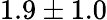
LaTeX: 1.9\pm 1.0